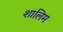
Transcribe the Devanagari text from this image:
शालिम